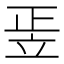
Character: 𥩠